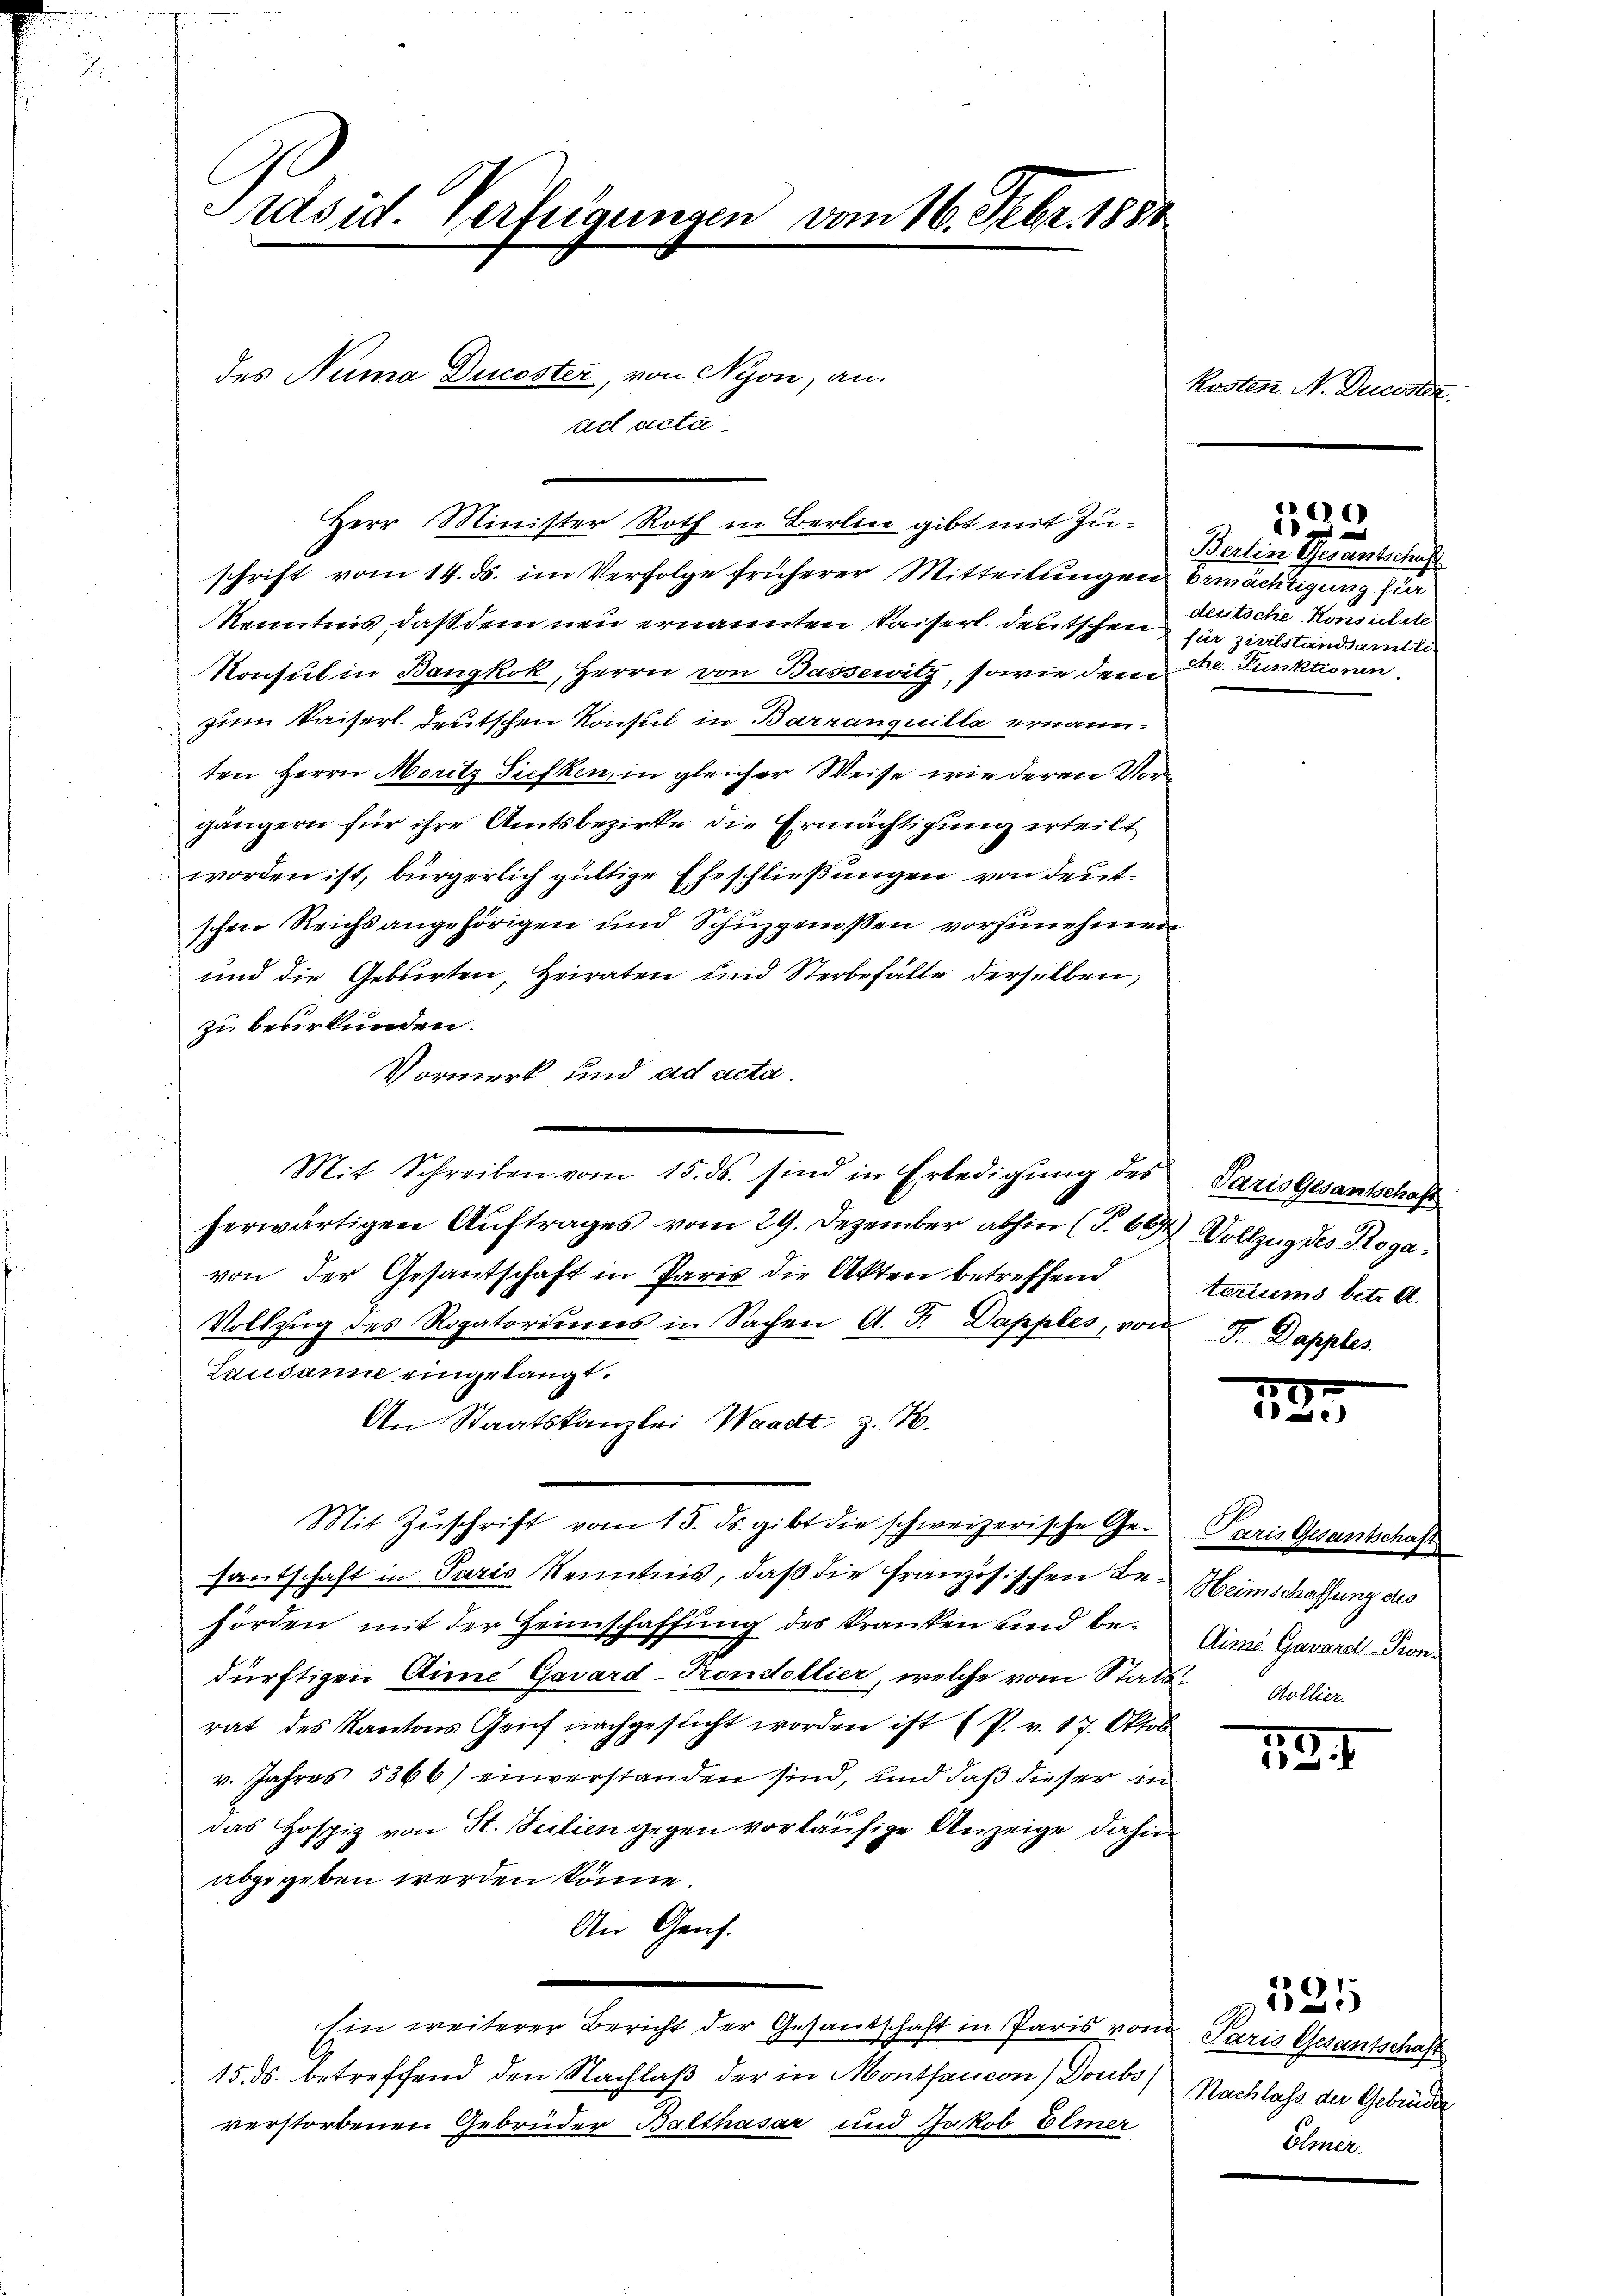
Präsid. Verfügungen vom 16. Febr. 1880

ad acta.

schrift vom 14. ds. im Verfolge früherer Mitteilungen Ermächtigung se
Kenntnis, daß dem neu ernannten Kaiserl. deutschen für Zivilstandsamtli¬
Konsul in Bangkok, Herrn von Bassewitz, sowie dem e Funktionen,
zum Kaiserl. deutschen Konsul in Barranquilla ernannten Herrn Moritz Tiefken, in gleicher Weise wie deren Vorgängern für ihre Amtsbezirke die Ermächtigung erteilt
worden ist, bürgerlich gültige Eheschließungen von deutschen Reichsangehörigen und Schuzgenossen vorzunehmen
und die Gebirten, Heiraten und Sterbefälle derselben
zu beurkunden.
Vormerk und ad acta.
herwärtigen Auftrages vom 29. Dezember abhin (T.63) Vollzug des Rogavon der Gesantschaft in Paris die Akten betreffend
Vollzŭg des Rogatoriums in Sachen A. F. Dapples, vor
Lausanne eingelangt.
An Staatskanzlei Waadt, z. B.
Mit Zuschrift vom 15. ds. gibt die schweizerische Gesantschaft in Paris Kenntnis, daß die französischen Behörden mit der Heimschaffung des Kranken und bedürftigen Arme Gavard-Prondollier, welche vom Statrat des Kantons Genf nachgesicht worden ist (P. v. 17. Oktob
v. Jahres 5366) einverstanden sind, und daß dieser in
11
das Hospiz von H. Sulien gegen vorläufige Anzeige dahin
abgegeben werden könne.
An Genf.
hin weiterer Bericht der Gesandschaft in Paris von
15. ds. betreffend den Nachlaß der in Montancon) Doubs
verstorbenen Gebrüder Balthasar und Jakob Elmer

Herr Minister Roth in Berlin gibt mit Zu¬

des Numa Ducoster, von Nyon, an.

Mit Schreiben vom 15. ds. sind in Erledigŭng des Paris gesantschaft

kosten N. Ducost

245.
4e)

)
n

Berlin Gesantschaf
deutsche Konsulate

toriums betr. A.
J. Dapples.

Paris Gesantschaft
Heimschaffung des
Aime Gavard-Pron.
u
Kollier.

73. 4.

in Paris Gesantschaft
Nachlass der Gebrüder
Ohmer.

525